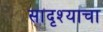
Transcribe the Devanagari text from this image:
सादृश्याचा